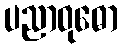
ပညာဝုဓော